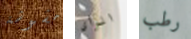
مشوشة الرأى رطب